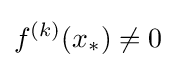
f^{(k)}(x_{*})\neq 0